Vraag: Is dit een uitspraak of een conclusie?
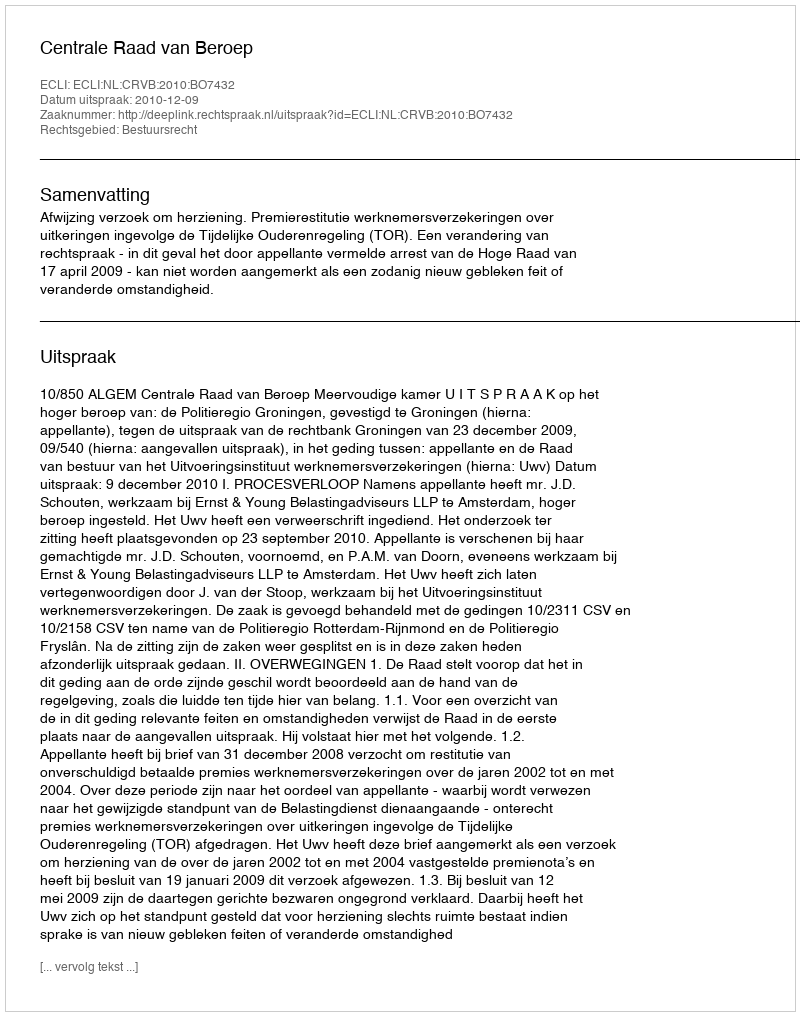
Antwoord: Uitspraak